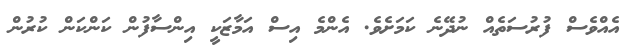
އެއްވެސް ފުރުސަތެއް ނުދޭނެ ކަމަށެވެ. އެންމެ އިސް އަމާޒަކީ އިންސާފުން ކަންކަން ކުރުން